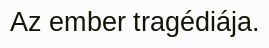
Az ember tragédiája.